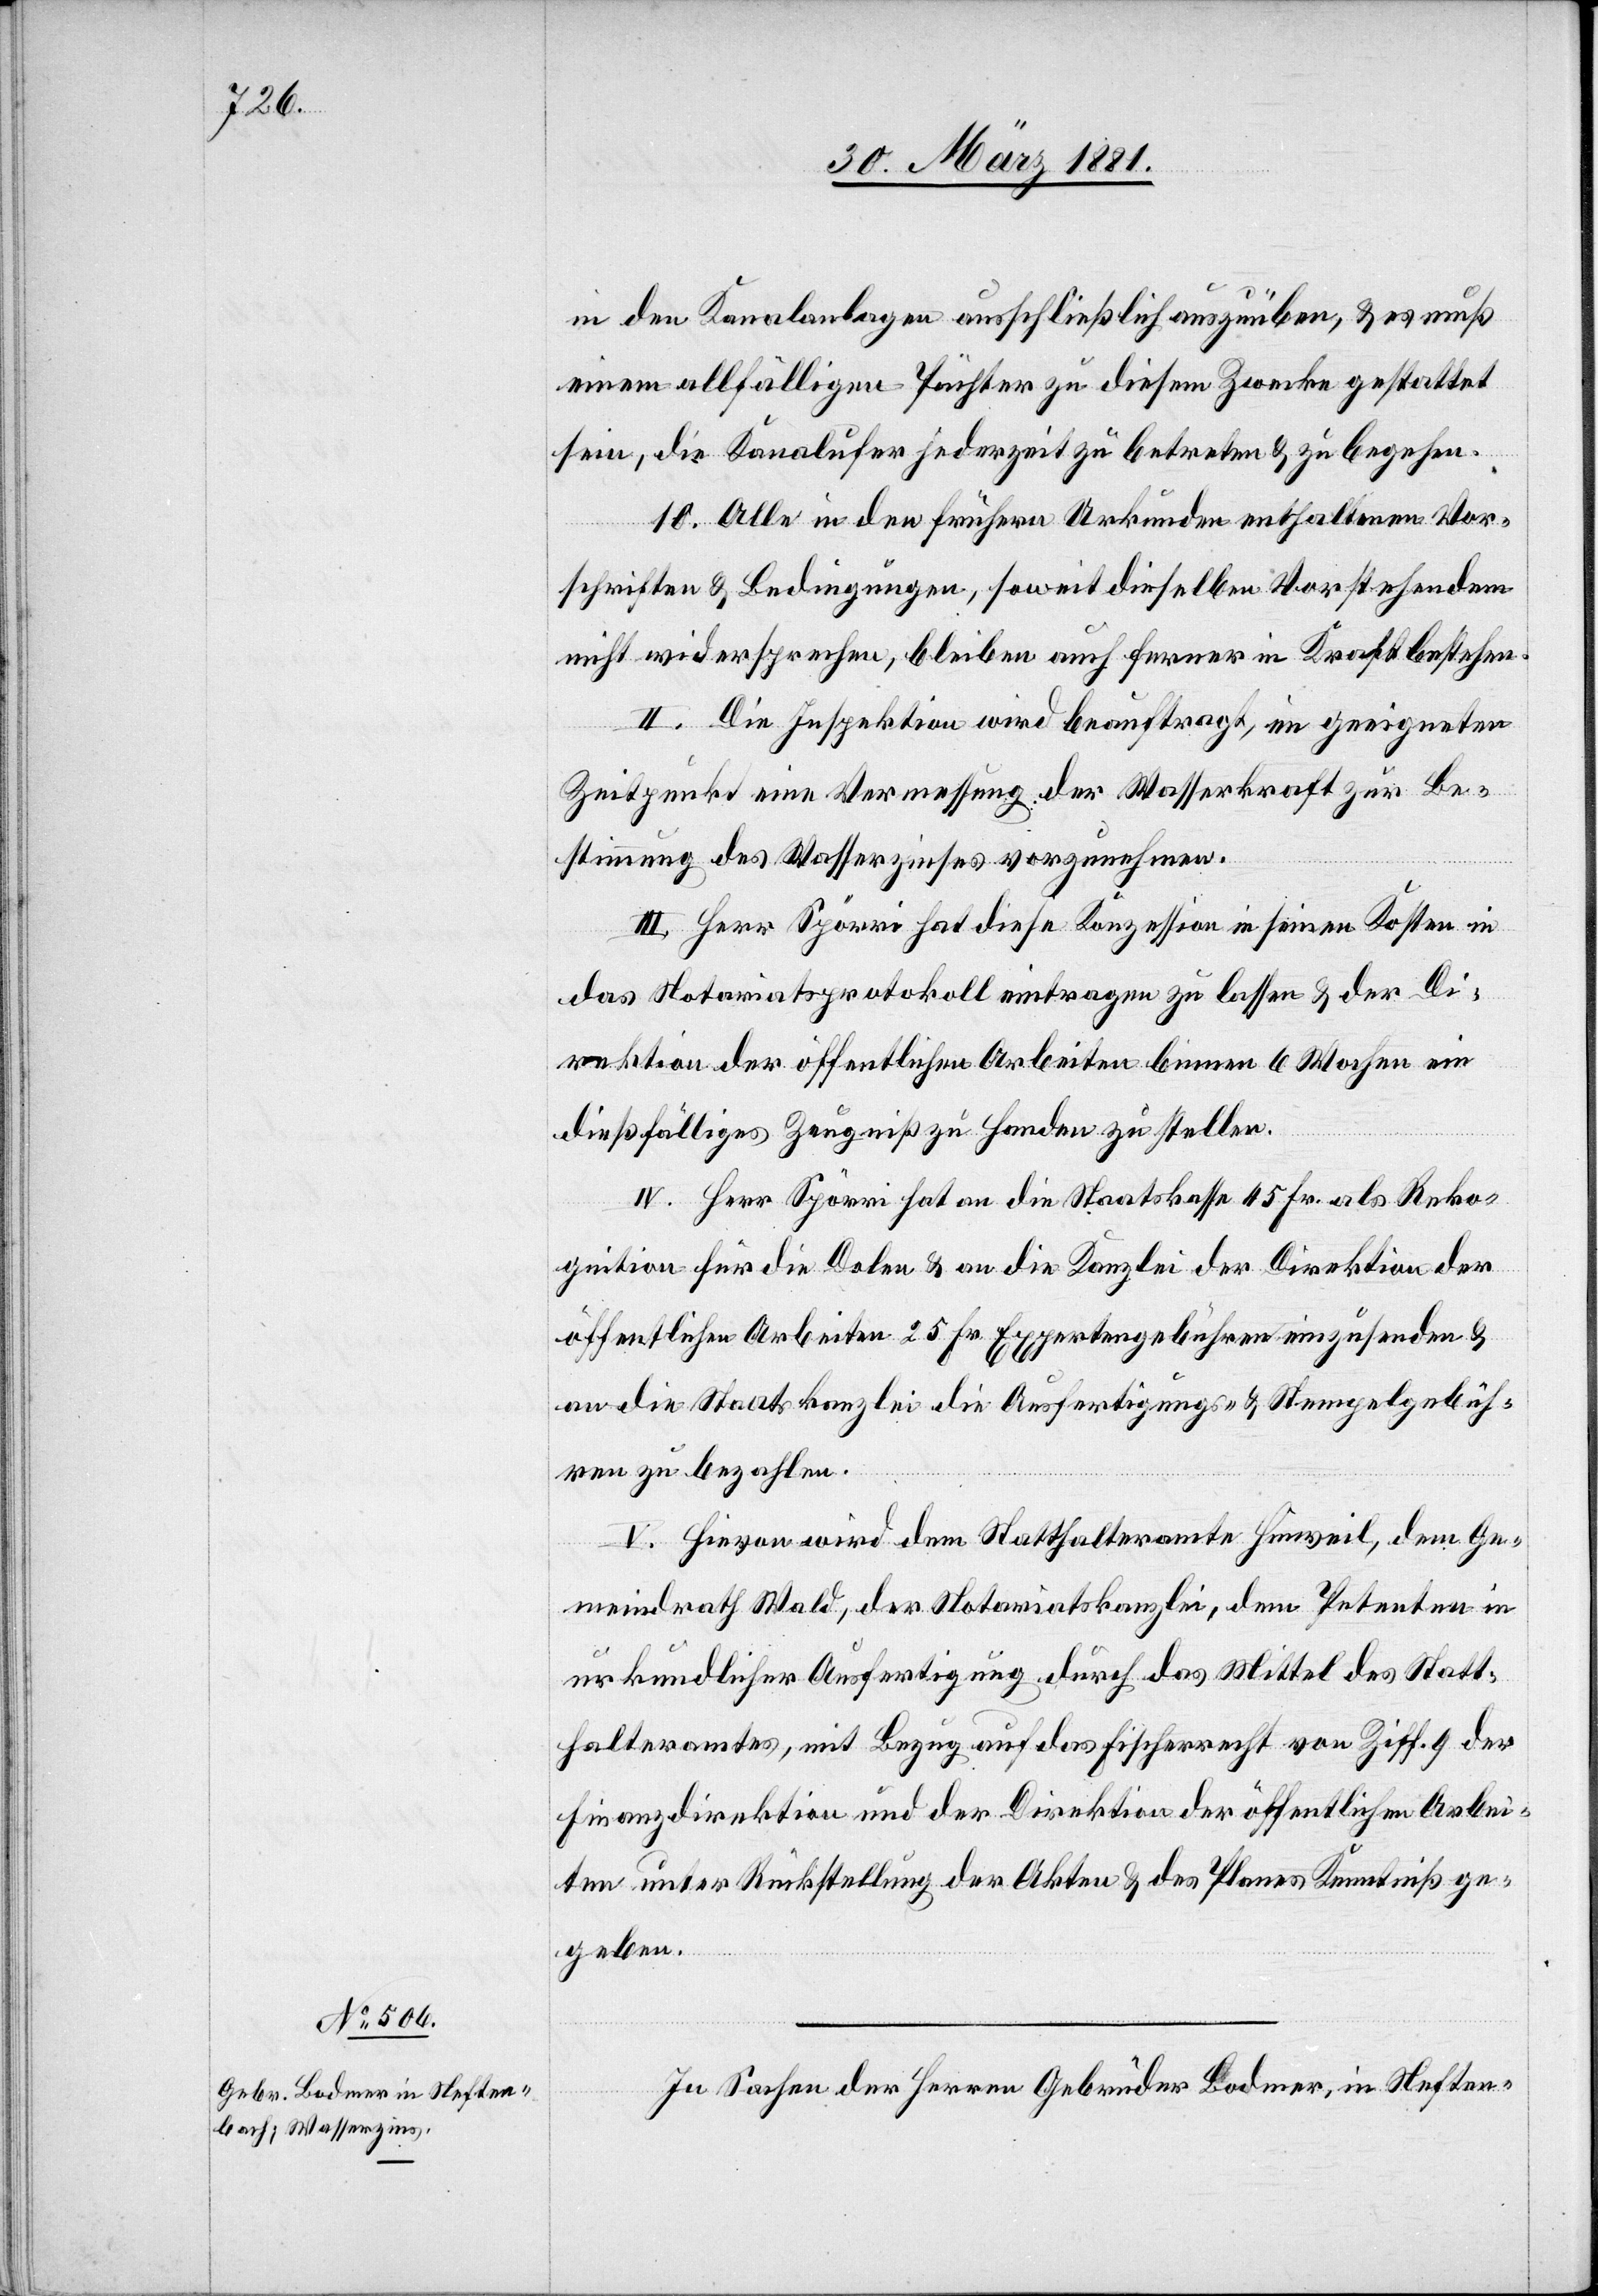
in den Kanalanlagen ausschließlich auszuüben, & es muß
einem allfälligen Pächter zu diesem Zwecke gestattet
sein, die Kanalufer jederzeit zu betreten & zu begehen.
10 Alle in den frühern Urkunden erhaltenen Vor¬
schriften & Bedingungen, soweit dieselben Vorstehendem
nicht widersprechen, bleiben auch ferner in Kraft bestehen.
II. Die Inspektion wird beauftragt, im geeigneten
Zeitpunkt eine Vermessung der Wasserkraft zur Be¬
stimmung des Wasserzinses vorzunehmen.
III. Herr Spörri hat diese Konzession in seinen Kosten in
das Notariatsprotokoll eintragen zu lassen & der Di¬
rektion der öffentlichen Arbeiten binnen 6 Wochen ein
dießfälliges Zeugniß zu Handen zu stellen.
IV. Herr Spörri hat an die Staatskasse 45 Fr. als Reko¬
gnition für die Dolen & an die Kanzlei der Direktion der
öffentlichen Arbeiten 25 Fr. Expertengebühren einzusenden &
an die Staatskanzlei die Ausfertigungs- & Stempelgebüh¬
ren zu bezahlen.
V. Hievon wird dem Statthalteramte Hinweil, dem Ge¬
meindrath Wald, der Notariatskanzlei, dem Petenten in
urkundlicher Ausfertigung durch das Mittel des Statt¬
halteramtes, mit Bezug auf das Fischerrecht von Ziff. 9 der
Finanzdirektion und der Direktion der öffentlichen Arbei¬
ten unter Rückstellung der Akten & des Planes Kenntniß ge¬
geben.
In Sachen der Herren Gebrüder Bodmer, in Neften-